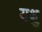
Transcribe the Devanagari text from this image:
यक्षु